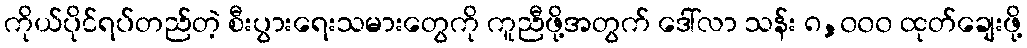
ကိုယ်ပိုင်ရပ်တည်တဲ့ စီးပွားရေးသမားတွေကို ကူညီဖို့အတွက် ဒေါ်လာ သန်း ၈,၀၀၀ ထုတ်ချေးဖို့